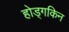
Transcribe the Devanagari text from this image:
होड्गकिन